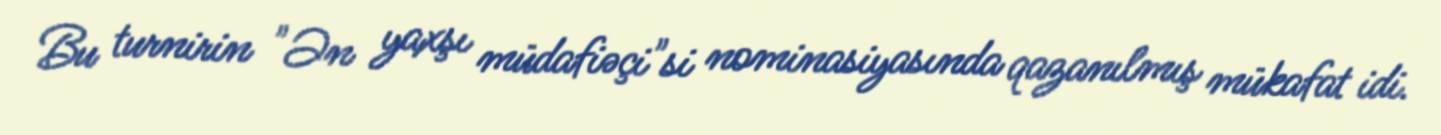
Bu turnirin "Ən yaxşı müdafiəçi"si nominasiyasında qazanılmış mükafat idi.